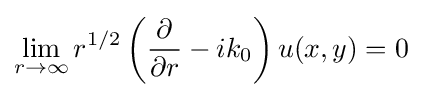
\lim _{r\rightarrow \infty }r^{1/2}\left({\frac {\partial }{\partial r}}-ik_{0}\right)u(x,y)=0